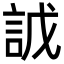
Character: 䛋